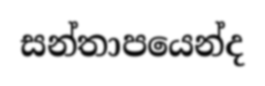
සන්තාපයෙන්ද